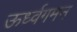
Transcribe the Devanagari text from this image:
ऊर्ध्वगमन